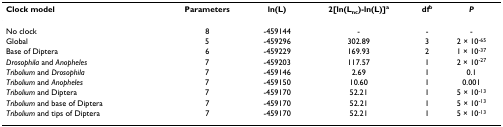
<table><thead><tr><td><b>Clock model</b></td><td><b>Parameters</b></td><td><b>ln(L)</b></td><td><b>2[ln(L<sub>nc</sub>)-ln(L)]<sup>a</sup></b></td><td><b>df<sup>b</sup></b></td><td><b><i>P</i></b></td></tr></thead><tbody><tr><td>No clock</td><td>8</td><td>-459144</td><td>-</td><td>-</td><td>-</td></tr><tr><td>Global</td><td>5</td><td>-459296</td><td>302.89</td><td>3</td><td>2 × 10<sup>-65</sup></td></tr><tr><td>Base of Diptera</td><td>6</td><td>-459229</td><td>169.93</td><td>2</td><td>1 × 10<sup>-37</sup></td></tr><tr><td><i>Drosophila </i>and <i>Anopheles</i></td><td>7</td><td>-459203</td><td>117.57</td><td>1</td><td>2 × 10<sup>-27</sup></td></tr><tr><td><i>Tribolium </i>and <i>Drosophila</i></td><td>7</td><td>-459146</td><td>2.69</td><td>1</td><td>0.1</td></tr><tr><td><i>Tribolium </i>and <i>Anopheles</i></td><td>7</td><td>-459150</td><td>10.60</td><td>1</td><td>0.001</td></tr><tr><td><i>Tribolium </i>and Diptera</td><td>7</td><td>-459170</td><td>52.21</td><td>1</td><td>5 × 10<sup>-13</sup></td></tr><tr><td><i>Tribolium </i>and base of Diptera</td><td>7</td><td>-459170</td><td>52.21</td><td>1</td><td>5 × 10<sup>-13</sup></td></tr><tr><td><i>Tribolium </i>and tips of Diptera</td><td>7</td><td>-459170</td><td>52.21</td><td>1</td><td>5 × 10<sup>-13</sup></td></tr></tbody></table>